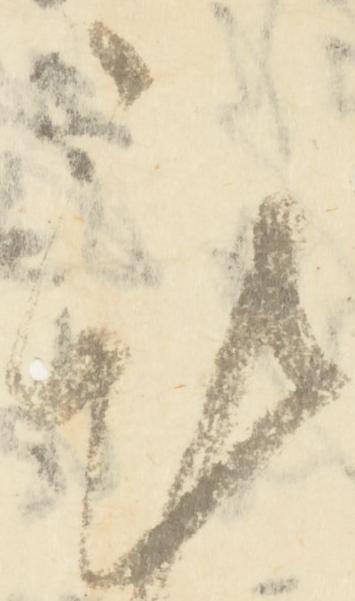
謹